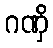
ဂဏှိ